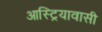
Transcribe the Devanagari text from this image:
आस्ट्रियावासी